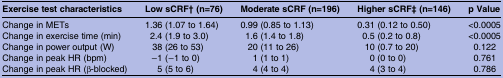
<table><thead><tr><td><b>Exercise test characteristics</b></td><td><b>Low sCRF† (n=76)</b></td><td><b>Moderate sCRF (n=196)</b></td><td><b>Higher sCRF‡ (n=146)</b></td><td><b>p Value</b></td></tr></thead><tbody><tr><td>Change in METs</td><td>1.36 (1.07 to 1.64)</td><td>0.99 (0.85 to 1.13)</td><td>0.31 (0.12 to 0.50)</td><td>&lt;0.0005</td></tr><tr><td>Change in exercise time (min)</td><td>2.4 (1.9 to 3.0)</td><td>1.6 (1.4 to 1.8)</td><td>0.5 (0.2 to 0.8)</td><td>&lt;0.0005</td></tr><tr><td>Change in power output (W)</td><td>38 (26 to 53)</td><td>20 (11 to 26)</td><td>10 (0.7 to 20)</td><td>0.122</td></tr><tr><td>Change in peak HR (bpm)</td><td>−1 (−1 to 0)</td><td>1 (1 to 1)</td><td>0 (0 to 0)</td><td>0.761</td></tr><tr><td>Change in peak HR (β-blocked)</td><td>5 (5 to 6)</td><td>4 (4 to 4)</td><td>4 (3 to 4)</td><td>0.786</td></tr></tbody></table>